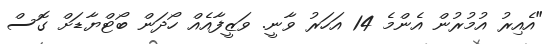
"އެއިރު އުމުރުން އެންމެ 14 އަހަރު ވާނީ. ވަޒީފާއެއް ހޯދަން ބޯޓްޔާޑަށް ގޮސް